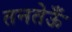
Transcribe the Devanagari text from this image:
तनतेऊँ